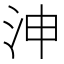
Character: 𣳑